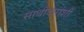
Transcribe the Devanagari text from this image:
साथीदारांशी